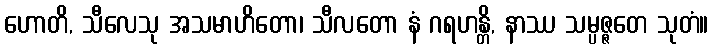
ဟောတိ, သီလေသု အသမာဟိတော၊ သီလတော နံ ဂရဟန္တိ, နာဿ သမ္ပဇ္ဇတေ သုတံ။